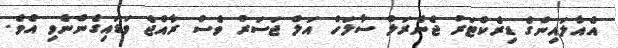
އެއާލައިންގެ ޑިރެކްޓަރު ޖެނެރަލް ސާލަހް އަލް ޖަސަރު ވެސް ރާއްޖެ ވަޑައިގެންނެވި އެވެ.